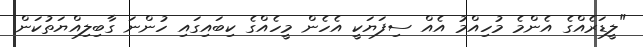
"ލީޑަރެއްގެ އެންމެ މުހިއްމު އެއް ސިފަޔަކީ އެހެން މީހެއްގެ ކިބައިގައި ހުންނަ ގާބިލިއްޔަތުކަން